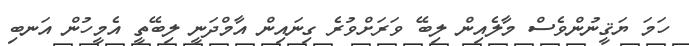
ހަމަ ޔަޤީނުންވެސް މާލެއިން ލިބޭ ވަރަށްވުރެ ގިނައިން އާމްދަނީ ލިބޭތީ އެމީހުން އަނބި